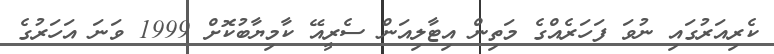
ކެރިއަރުގައި ނުވަ ފަހަރެއްގެ މަތިން އިޓާލިއަން ސެރީއޭ ކާމިޔާބުކޮށް 1999 ވަނަ އަހަރުގެ